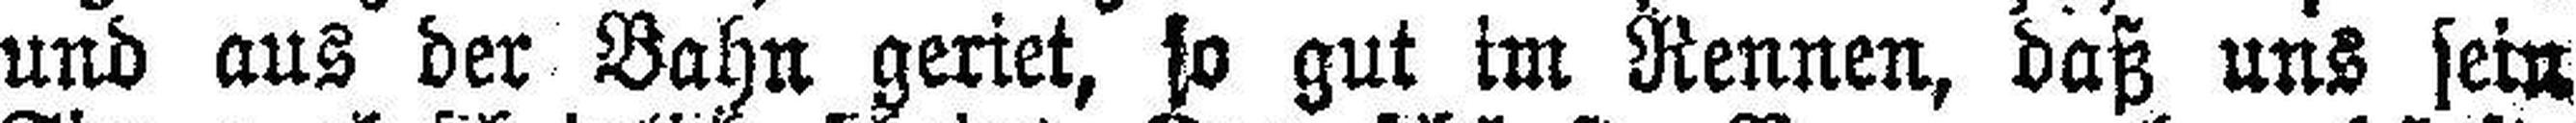
und aus der Bahn geriet, so gut im Rennen, daß uns sein